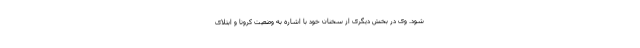
شود. وی در بخش دیگری از سخنان خود با اشاره به وضعیت کرونا و ابتلای